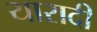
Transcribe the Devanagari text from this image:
यारादी